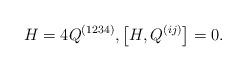
LaTeX: \begin{gather*}H=4Q^{(1234)}, \big[H, Q^{(ij)}\big]=0.\end{gather*}